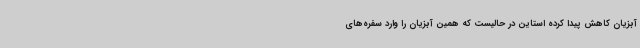
آبزیان کاهش پیدا کرده استاین در حالیست که همین آبزیان را وارد سفره‌های